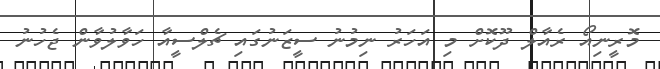
މޮރީނިއޯ ރެއާލް ދޫކޮށް މި އަހަރު ނިމުނު ސީޒަނުގައި ޗެލްސީއާ ހަވާލުވާން ޖެހުނު